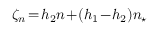
\zeta _ { n } \! = \! h _ { 2 } n \! + \! ( h _ { 1 } \! - \! h _ { 2 } ) n _ { \star }